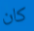
كان